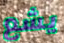
يشع